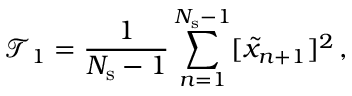
\mathcal { T } _ { 1 } = \frac { 1 } { N _ { \mathrm { s } } - 1 } \sum _ { n = 1 } ^ { N _ { \mathrm { s } } - 1 } [ \tilde { x } _ { n + 1 } ] ^ { 2 } \, , \quad \quad